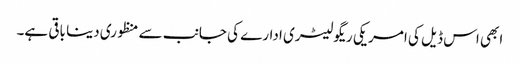
ابھی اس ڈیل کی امریکی ریگولیٹری ادارے کی جانب سے منظوری دینا باقی ہے۔